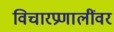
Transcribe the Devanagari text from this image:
विचारप्रणालींवर